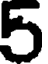
5